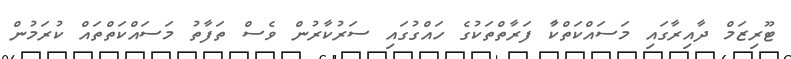
ޓޫރިޒަމް ދާއިރާގައި މަސައްކަތްކުާ ފަރާތްތަކުގެ ހައްގުގައި ސަރުކާރުން ވެސް ތަފާތު މަސައްކަތްތައް ކުރަމުން